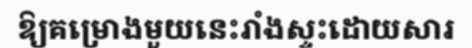
ឱ្យគម្រោងមួយនេះរាំងស្ទះដោយសារ